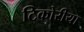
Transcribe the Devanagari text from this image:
टिकोरीया